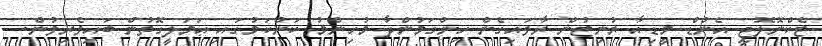
ޓެކްނޮލޮޖީ އެންޑް މީޑިއާ ޔުނިޓުން ރާވައިގެން ހިންގަމުންދާ މުހިންމު ކަންކަމުގައި ޢަމަލީގޮތުން ބައިވެރިވުން.